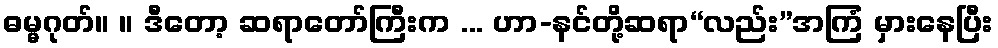
ဓမ္မဂုတ်။ ။ ဒီတော့ ဆရာတော်ကြီးက ... ဟာ-နင်တို့ဆရာ“လည်း”အကြံ မှားနေပြီး